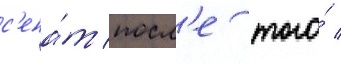
с'ена́т посл'е того́ /